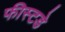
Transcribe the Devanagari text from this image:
फीस्टडे